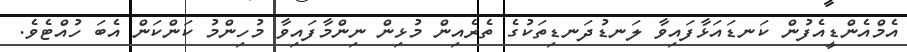
އެމްއެންޑީއެފުން ކަނޑައަޅާފައިވާ ލަނޑުދަނޑިތަކުގެ ތެރެއިން މުޅިން ނިންމާފައިވާ މުހިންމު ކަންކަން އެބަ ހުއްޓެވެ.